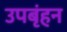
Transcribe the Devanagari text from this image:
उपबृंहन